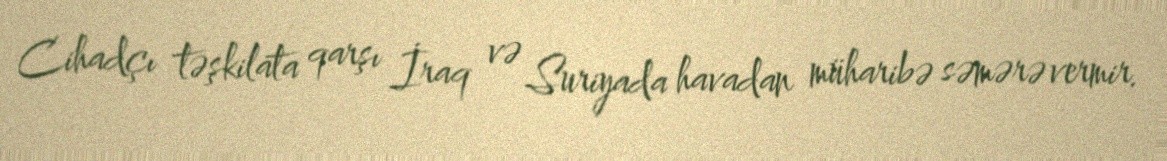
Cihadçı təşkilata qarşı İraq və Suriyada havadan müharibə səmərə vermir.